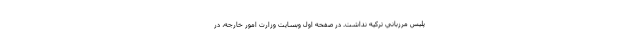
پليس مرزباني تركيه نداشت. در صفحه اول وبسايت وزارت امور خارجه، در